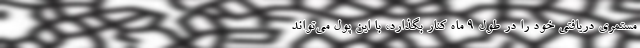
مستمری دریافتی خود را در طول ۹ ماه کنار بگذارد، با این پول می‌تواند